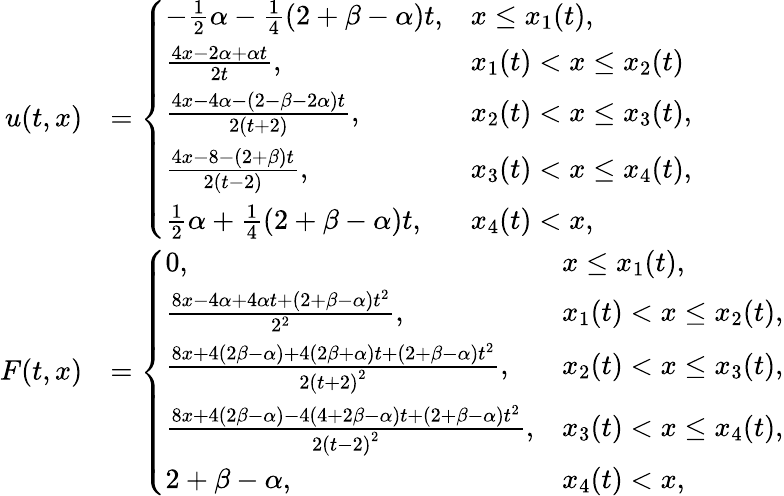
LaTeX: \begin{array}{rl}{u(t,x)}&{=\left\{ \begin{array}{ll}{-\frac 12\alpha-\frac{1}{4}\left(2+\beta-\alpha\right)t,}&{x\leq x_{1}(t),}\\ {\frac{4x-2\alpha+\alpha t}{2t},}&{x_{1}(t)<x\leq x_{2}(t)}\\ {\frac{4x-4\alpha-(2-\beta-2\alpha)t}{2(t+2)},}&{x_{2}(t)<x\leq x_{3}(t),}\\ {\frac{4x-8-(2+\beta)t}{2(t-2)},}&{x_{3}(t)<x\leq x_{4}(t),}\\ {\frac{1}{2}\alpha+\frac 14(2+\beta-\alpha)t,}&{x_{4}(t)<x,}\end{array}\right.}\\ {F(t,x)}&{=\left\{ \begin{array}{ll}{0,}&{x\leq x_{1}(t),}\\ {\frac{8x-4\alpha+4\alpha t+(2+\beta-\alpha)t^{2}}{2^{2}},}&{x_{1}(t)<x\leq x_{2}(t),}\\ {\frac{8x+4(2\beta-\alpha)+4(2\beta+\alpha)t+(2+\beta-\alpha)t^{2}}{2\left(t+2\right)^{2}},}&{x_{2}(t)<x\leq x_{3}(t),}\\ {\frac{8x+4(2\beta-\alpha)-4(4+2\beta-\alpha)t+(2+\beta-\alpha)t^{2}}{2\left(t-2\right)^{2}},}&{x_{3}(t)<x\leq x_{4}(t),}\\ {2+\beta-\alpha,}&{x_{4}(t)<x,}\end{array}\right.}\end{array}